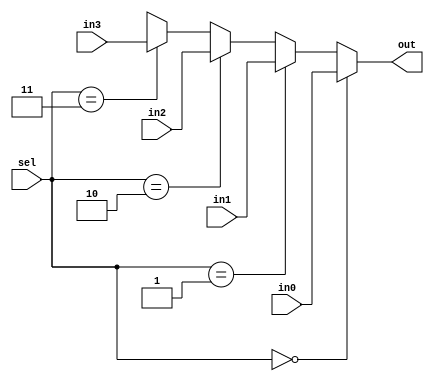
module mux_dataflow(out, in0, in1, in2, in3, sel); 
	input in0, in1, in2, in3; 	// 
	input  [1:0] sel; 			//   
	output out;						// 
	wire out;						//  
	
	assign out =
		(sel == 2'b00) ? in0 : 	// select 00  in0 
		(sel == 2'b01) ? in1 : 	// select 01  in1 
		(sel == 2'b10) ? in2 : 	// select 10  in2 
		(sel == 2'b11) ? in3 : 1'bx; // select 11  in3 
		
endmodule